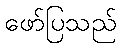
ဖော်ပြသည်